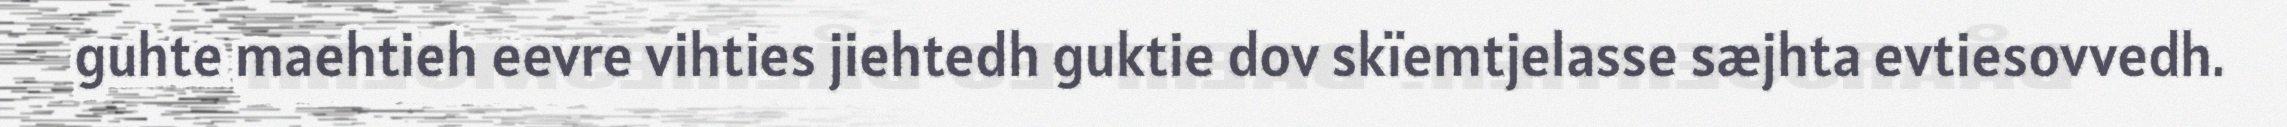
guhte maehtieh eevre vihties jiehtedh guktie dov skïemtjelasse sæjhta evtiesovvedh.